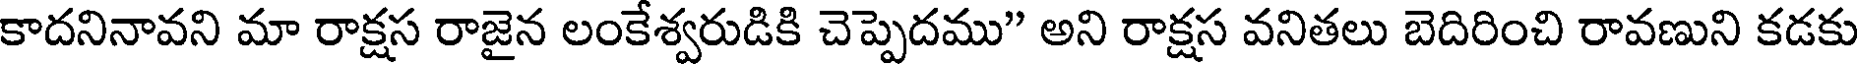
కాదనినావని మా రాక్షస రాజైన లంకేశ్వరుడికి చెప్పెదము" అని రాక్షస వనితలు బెదిరించి రావణుని కడకు